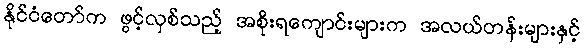
နိုင်ငံတော်က ဖွင့်လှစ်သည့် အစိုးရကျောင်းများက အလယ်တန်းများနှင့်